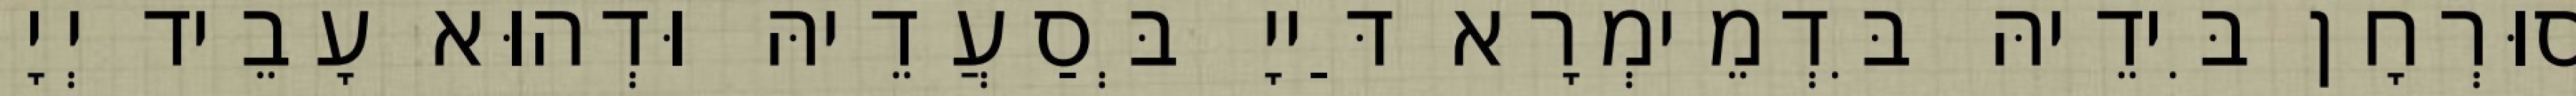
סוּרְחָן בִּידֵיהּ בִּדְמֵימְרָא דַּייָ בְּסַעֲדֵיהּ וּדְהוּא עָבֵיד יְיָ